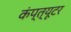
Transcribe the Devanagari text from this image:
कंप्त्यूटर